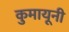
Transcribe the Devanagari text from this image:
कुमायूनी